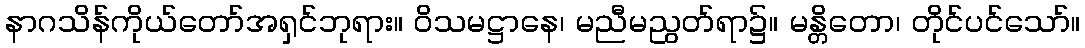
နာဂသိန်ကိုယ်တော်အရှင်ဘုရား။ ဝိသမဋ္ဌာနေ၊ မညီမညွတ်ရာ၌။ မန္တိတော၊ တိုင်ပင်သော်။